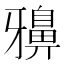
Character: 𪖕